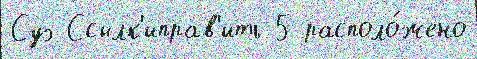
Суэ Ссылк'иправ'ить 5 располо́жено